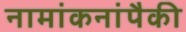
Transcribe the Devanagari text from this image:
नामांकनांपैकी